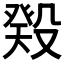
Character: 𬆬